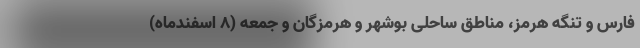
فارس و تنگه هرمز، مناطق ساحلی بوشهر و هرمزگان و جمعه (۸ اسفندماه)